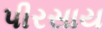
પીરસાય